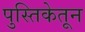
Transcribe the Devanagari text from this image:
पुस्तिकेतून